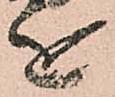
を